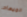
الميعاد